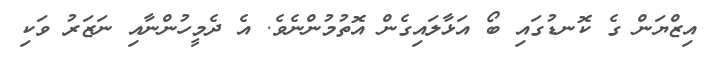
އިޒްޔަން ގެ ކޮނޑުގައި ބޯ އަޅާލައިގެން އޮތުމުންނެވެ. އެ ދެމީހުންނާއި ނަޒަރު ވަކި